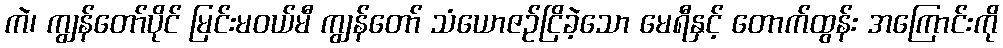
ကဲ၊ ကျွန်တော်ပိုင် မြင်းမဝယ်မီ ကျွန်တော် သံယောဇဉ်ငြိခဲ့သော မေရီနှင့် တောက်ထွန်း အကြောင်းကို